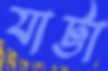
যাট্টা